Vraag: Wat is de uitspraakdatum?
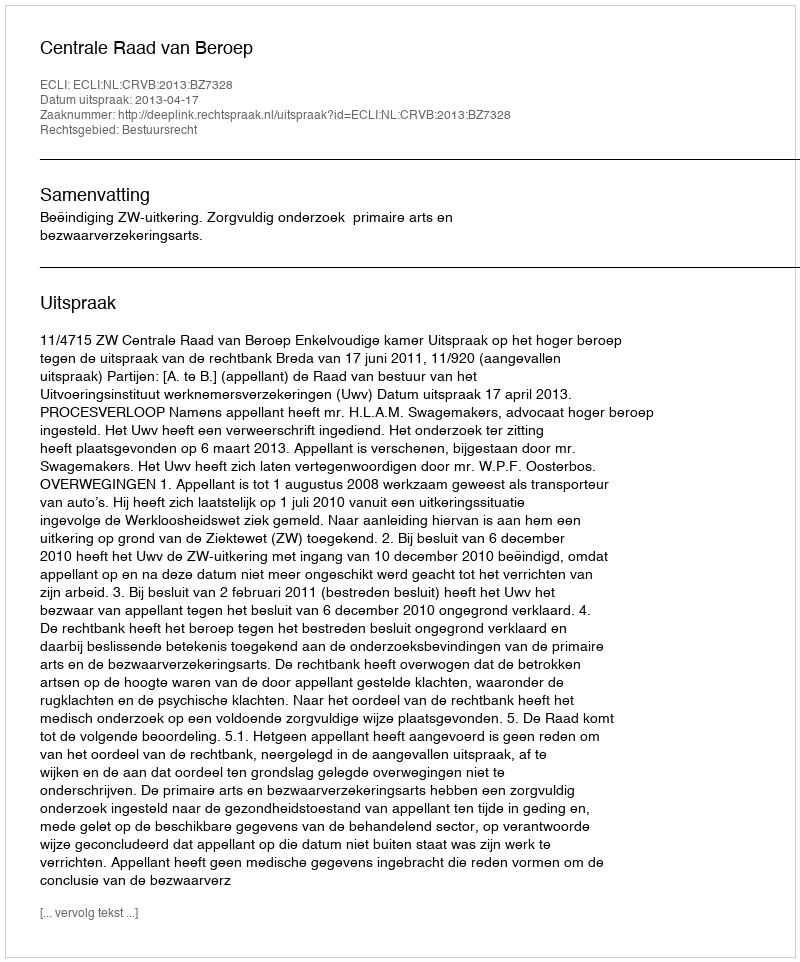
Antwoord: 2013-04-17